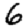
Digit: 6